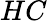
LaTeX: HC